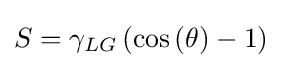
S=\gamma _{LG}\left(\cos \left(\theta \right)-1\right)